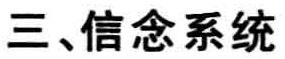
三、信念系统